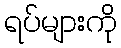
ရပ်များကို